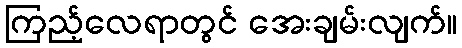
ကြည့်လေရာတွင် အေးချမ်းလျက်။